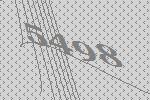
5498